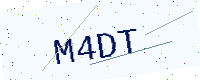
Text: M4DT